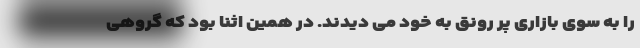
را به سوی بازاری پر رونق به خود می دیدند. در همین اثنا بود که گروهی